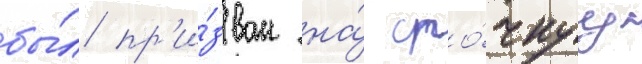
бы́л пр'и́зван на́ сро́чнуу